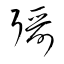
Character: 彁